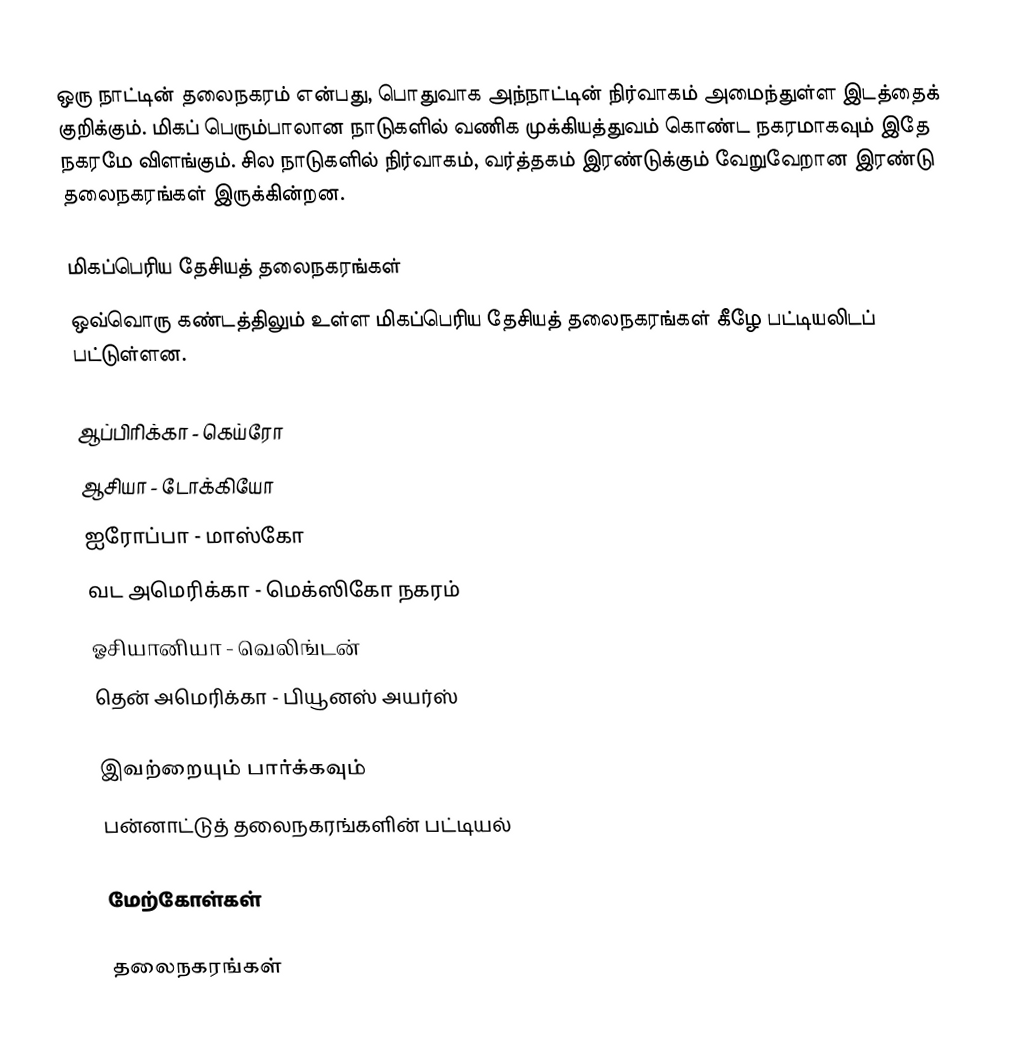
ஒரு நாட்டின் தலைநகரம் என்பது, பொதுவாக அந்நாட்டின் நிர்வாகம் அமைந்துள்ள இடத்தைக் குறிக்கும். மிகப் பெரும்பாலான நாடுகளில் வணிக முக்கியத்துவம் கொண்ட நகரமாகவும் இதே நகரமே விளங்கும். சில நாடுகளில் நிர்வாகம், வர்த்தகம் இரண்டுக்கும் வேறுவேறான இரண்டு தலைநகரங்கள் இருக்கின்றன.

மிகப்பெரிய தேசியத் தலைநகரங்கள்
ஒவ்வொரு கண்டத்திலும் உள்ள மிகப்பெரிய தேசியத் தலைநகரங்கள் கீழே பட்டியலிடப் பட்டுள்ளன.

 ஆப்பிரிக்கா - கெய்ரோ
 ஆசியா - டோக்கியோ
 ஐரோப்பா - மாஸ்கோ
 வட அமெரிக்கா - மெக்ஸிகோ நகரம்
 ஓசியானியா - வெலிங்டன்
 தென் அமெரிக்கா - பியூனஸ் அயர்ஸ்

இவற்றையும் பார்க்கவும்
பன்னாட்டுத் தலைநகரங்களின் பட்டியல்

மேற்கோள்கள்

தலைநகரங்கள்